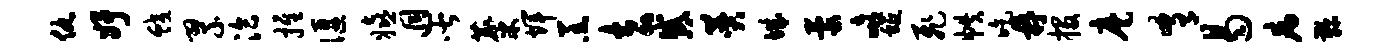
仇妤蛟翠洽推偃嬉迥皆麋辉羔去惑赞城蒙嘻蜒飞帙吃鼎投麾肴曷病鞠